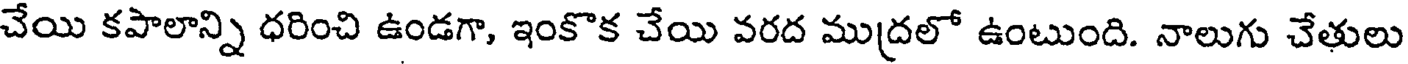
చేయి కపాలాన్ని ధరించి ఉండగా, ఇంకొక చేయి వరద ముద్రలో ఉంటుంది. నాలుగు చేతులు